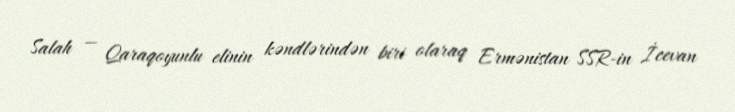
Salah — Qaraqoyunlu elinin kəndlərindən biri olaraq Ermənistan SSR-in İcevan